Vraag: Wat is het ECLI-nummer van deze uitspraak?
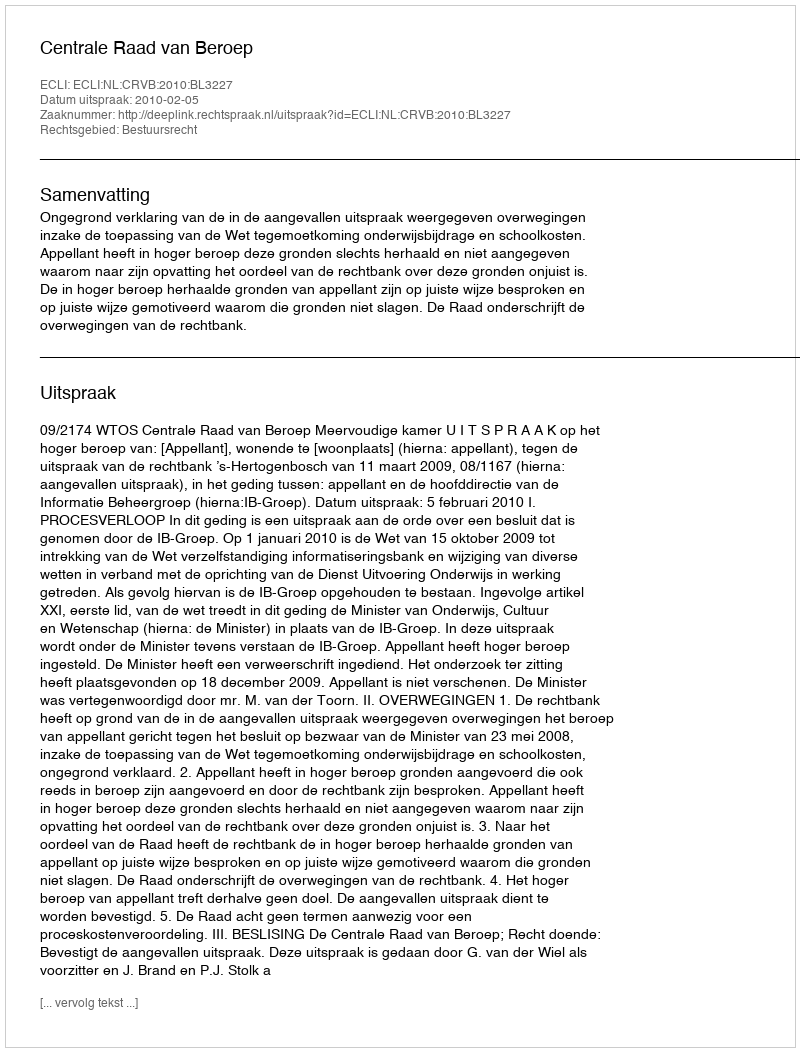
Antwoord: ECLI:NL:CRVB:2010:BL3227